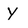
Character: Y